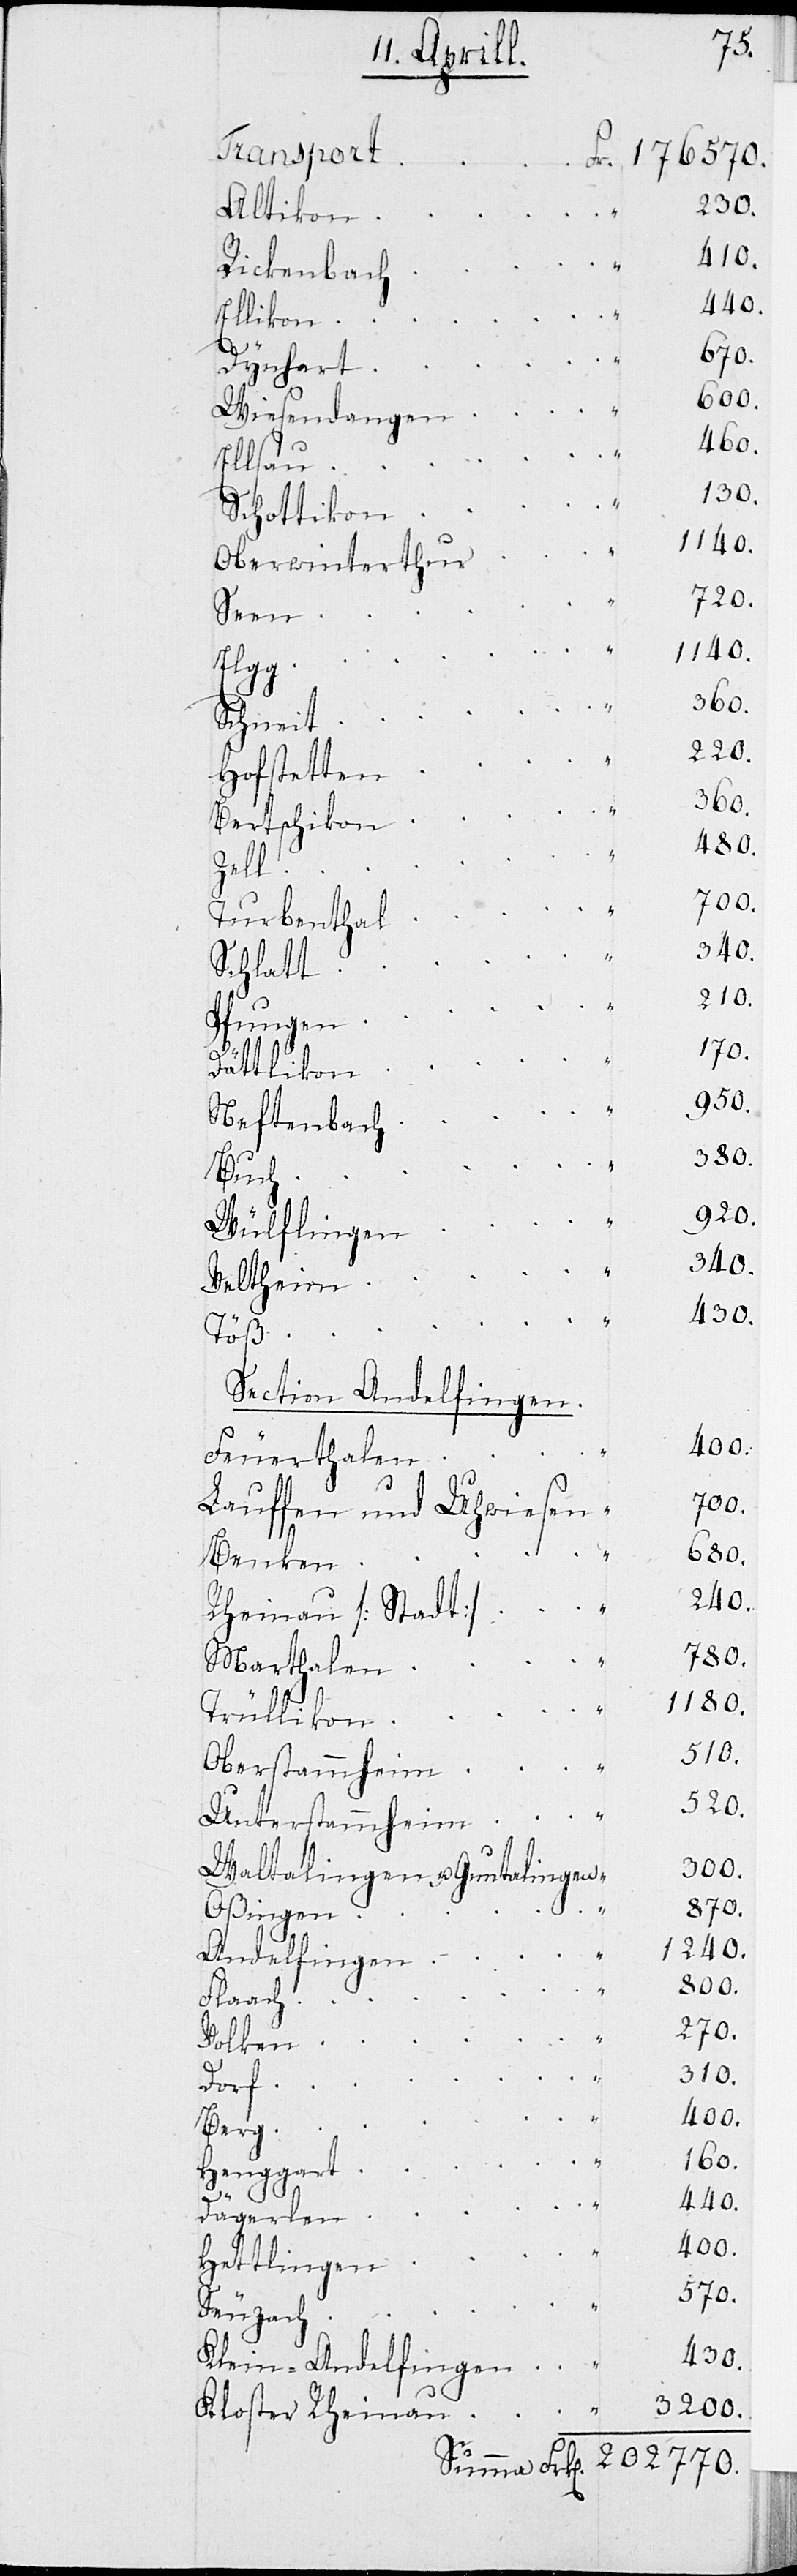
t	Fr. 176570.
Rickenbac¬
Wiesendange¬
n	1240.
Oberwinterthu¬
en.
Hofstette¬
Bertschiko¬
n	170.
Thurbentha¬
Schlat¬
n	430.
Dättliko¬
Neftenbac¬
Velthei¬
Section Andelfing¬
Feuerthale¬
Lauffen und Uhwiese¬
n	400.
Oberstammhei¬
Unterstammhei¬
Waltalingen und Guntalinge¬
Oßingen	870.
Andelfinge¬
Hettlinge¬
Klein-Andelfinge¬
3200.
Kloster Rheinau
Summa 	Frk. 202770.

n	300.